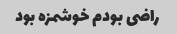
راضی بودم خوشمزه بود